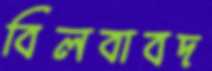
বিলবাবদ